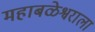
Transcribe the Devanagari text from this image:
महाबळेश्वराला